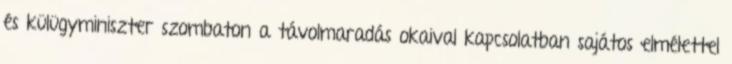
és külügyminiszter szombaton a távolmaradás okaival kapcsolatban sajátos elmélettel